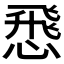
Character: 𢝵